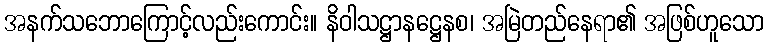
အနက်သဘောကြောင့်လည်းကောင်း။ နိဝါသဋ္ဌာနဋ္ဌေနစ၊ အမြဲတည်နေရာ၏ အဖြစ်ဟူသော